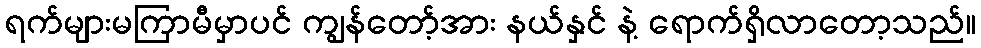
ရက်များမကြာမီမှာပင် ကျွန်တော့်အား နယ်နှင် နဲ့ ရောက်ရှိလာတော့သည်။